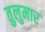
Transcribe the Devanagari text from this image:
तुलुमार